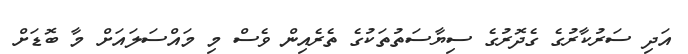
އަދި ސަރުކާރުގެ ގެދޮރުގެ ސިޔާސަތުތަކުގެ ތެރެއިން ވެސް މި މައްސަލައަށް މާ ބޮޑަށް